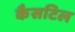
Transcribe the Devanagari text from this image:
कैसटिल